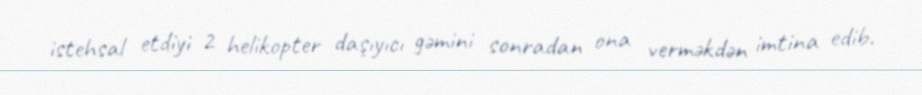
istehsal etdiyi 2 helikopter daşıyıcı gəmini sonradan ona verməkdən imtina edib.